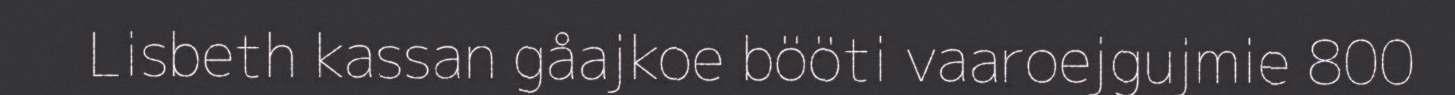
Lisbeth kassan gåajkoe bööti vaaroejgujmie 800